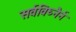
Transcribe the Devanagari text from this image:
सर्वविघ्नैर्न